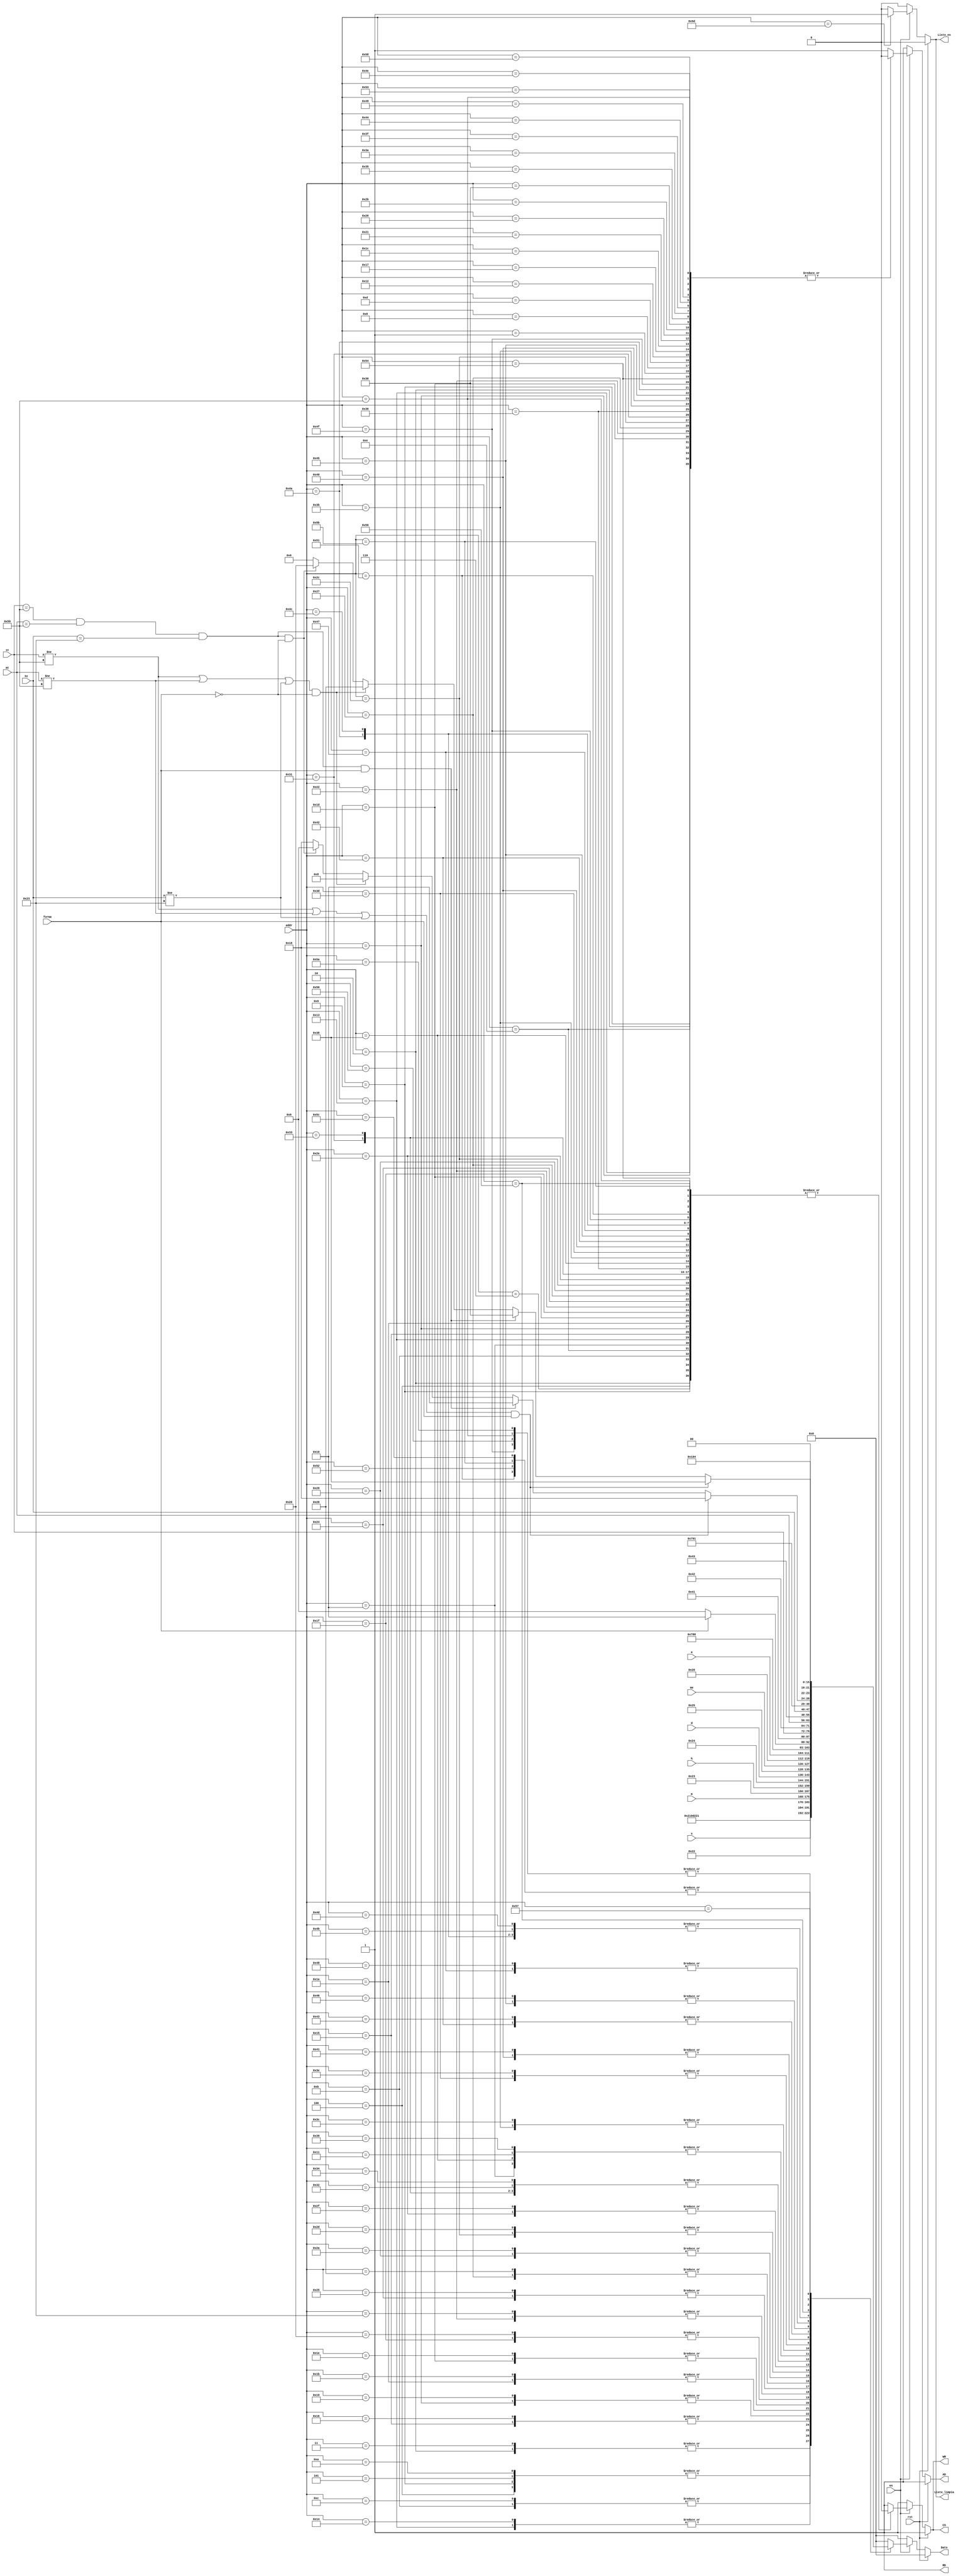
`timescale 1ns / 1ps

module Memoria_Escritura(
	input [6:0] addr,
	input [7:0] st,mt,ht,s,m,h,d,me,a,
	input en,rst,forma,
	output reg AD,CS,RD,WR,Listo_es,Listo_limpia,
	output reg [7:0] Dato);

always @* 
	begin
	if(rst)begin AD=1;CS=1;RD=1;WR=1;Dato=8'b0;Listo_es=0;Listo_limpia=0;end
	else begin
	if(en==1)begin
	AD=1; CS=1; RD=1; WR=1; Dato=0;Listo_es=0;Listo_limpia=0;
	case (addr)
	
	//Inicializacin
	
	7'd1: begin AD=0; Dato=0; end
	7'd2: begin AD=0; CS=0; RD=1; WR=0; Dato=8'h02;end
	7'd3: begin Dato=8'h02; end
	7'd4: begin AD=1; CS=0; RD=1; WR=0; Dato=8'b00010000;end
	7'd5: begin Dato=8'b00010000;end
	7'd6: begin AD=1; CS=0; RD=1; WR=0; Dato=8'b00000000;end
	7'd7: begin Dato=8'b00000000;end
	7'd8: begin AD=0; Dato=0;end
	7'd9: begin AD=0; CS=0; RD=1; WR=0; Dato=8'h10;end
	7'd10: begin Dato=8'h10;end
	7'd11: begin AD=1; CS=0; RD=1; WR=0; Dato=8'hd2;end
	7'd12: begin Dato=8'hd2; end
	
	7'd13: begin AD=0; Dato=8'h0;end
	7'd14: begin AD=0; CS=0; RD=1; WR=0; Dato=8'h00;end 
	7'd15: begin Dato=8'h00;end
	7'd16: begin AD=1; CS=0; RD=1; WR=0; 
					 if(forma==1)begin
								Dato=8'b00010000;end
					 else begin if(forma==0)begin
								Dato=8'b00000000;end
								else begin Dato=8'b00000000;end
					 end
				end
	7'd17: begin
					 if(forma==1)begin
								Dato=8'b00010000;end
					 else begin if(forma==0)begin
								Dato=8'b00000000;end
								else begin Dato=8'b00000000;end
					 end
				end
	
	//Escritura de parmetros de hora y fecha
	
	7'd18: begin AD=0; Dato=8'h0;end
	7'd19: begin AD=0; CS=0; RD=1; WR=0; Dato=8'h21;end
	7'd20: begin Dato=8'h21;end
	7'd21: begin AD=1; CS=0; RD=1; WR=0; Dato=s;end
	7'd22: begin Dato=s;end
	7'd23: begin AD=0; Dato=0;end
	7'd24: begin AD=0; CS=0; RD=1; WR=0; Dato=8'h22;end
	7'd25: begin Dato=8'h22;end
	7'd26: begin AD=1; CS=0; RD=1; WR=0; Dato=m;end
	7'd27: begin Dato=m;end
	7'd28: begin AD=0; Dato=0;end
	7'd29: begin AD=0; CS=0; RD=1; WR=0; Dato=8'h23;end
	7'd30: begin Dato=8'h23;end
	7'd31: begin AD=1; CS=0; RD=1; WR=0; Dato=h;end
	7'd32: begin Dato=h;end
	7'd33: begin AD=0; Dato=0;end
	7'd34: begin AD=0; CS=0; RD=1; WR=0; Dato=8'h24;end
	7'd35: begin Dato=8'h24;end
	7'd36: begin AD=1; CS=0; RD=1; WR=0; Dato=d;end
	7'd37: begin Dato=d;end
	7'd38: begin AD=0; Dato=0;end
	7'd39: begin AD=0; CS=0; RD=1; WR=0; Dato=8'h25;end
	7'd40: begin Dato=8'h25;end
	7'd41: begin AD=1; CS=0; RD=1; WR=0; Dato=me;end
	7'd42: begin Dato=me;end
	7'd43: begin AD=0; Dato=0;end
	7'd44: begin AD=0; CS=0; RD=1; WR=0; Dato=8'h26;end
	7'd45: begin Dato=8'h26;end
	7'd46: begin AD=1; CS=0; RD=1; WR=0; Dato=a;end
	7'd47: begin Dato=a;end
	
	//Guardar parametros de reloj en el area reservada
	
	7'd48: begin AD=0; Dato=0;end
	7'd49: begin AD=0; CS=0; RD=1; WR=0; Dato=8'hf1;end 
	7'd50: begin Dato=8'hf1;end 
	7'd51: begin AD=1; CS=0; RD=1; WR=0; Dato=8'hf1;end 
	7'd52: begin Dato=8'hf1;end 
	
	//Limpia el bit Time Set Lock
	
	7'd53: begin AD=0; Dato=0;end
	7'd54: begin AD=0; CS=0; RD=1; WR=0; Dato=8'h00;end 
	7'd55: begin Dato=8'h00;end 
	7'd56: begin AD=1; CS=0; RD=1; WR=0;
					if(forma==1)begin Dato=8'b00010000;end
					else begin Dato=8'b00000000;end
			 end	
	7'd57: begin 
					if(forma==1)begin Dato=8'b00010000;end
					else begin Dato=8'b00000000;end
			end 
	//Escritura de parametros del timer
	
	7'd58: begin AD=0; Dato=8'h0;end
	7'd59: begin AD=0; CS=0; RD=1; WR=0; Dato=8'h41;end
	7'd60: begin Dato=8'h41;end
	7'd61: begin AD=1; CS=0; RD=1; WR=0; Dato=st;end
	7'd62: begin Dato=st;end
	7'd63: begin AD=0; Dato=8'h0;end
	7'd64: begin AD=0; CS=0; RD=1; WR=0; Dato=8'h42;end
	7'd65: begin Dato=8'h42;end
	7'd66: begin AD=1; CS=0; RD=1; WR=0; Dato=mt;end
	7'd67: begin Dato=mt;end
	7'd68: begin AD=0; Dato=8'h0;end
	7'd69: begin AD=0; CS=0; RD=1; WR=0; Dato=8'h43;end
	7'd70: begin Dato=8'h43;end
	7'd71: begin AD=1; CS=0; RD=1; WR=0; Dato=ht;end
	7'd72: begin Dato=ht;end
	
	//Guardar parametros del timer en el area reservada
	
	7'd73: begin AD=0; Dato=0;end
	7'd74: begin AD=0; CS=0; RD=1; WR=0; Dato=8'hf2;end 
	7'd75: begin Dato=8'hf2;end 
	7'd76: begin AD=1; CS=0; RD=1; WR=0; Dato=8'hf2;end 
	7'd77: begin Dato=8'hf2;end 
	
	//Seleccion de formato de hora, limpieza de banderas y puesta en marcha del RTC
	
													//Pone bit 2 de h01 en 1 para activar alarma del timer
	7'd78: begin AD=0; Dato=0;end			
	7'd79: begin AD=0; CS=0; RD=1; WR=0; Dato=8'h01;end 
	7'd80: begin Dato=8'h01;end 
	7'd81: begin AD=1; CS=0; RD=1; WR=0; Dato=8'b00000100;end 
	7'd82: begin Dato=8'b00000100;end 
													//Cambios en la direccion h00
	7'd83: begin AD=0; Dato=8'h0;end
	7'd84: begin AD=0; CS=0; RD=1; WR=0; Dato=8'h00;end 
	7'd85: begin Dato=8'h00;end
	7'd86: begin AD=1; CS=0; RD=1; WR=0; 
					 if(((st!=8'h59)|(mt!=8'h59)||(ht!=8'h23))&&(forma==1))begin
								Dato=8'b00111000;end
					 else begin if(((st==8'h59)&&(mt==8'h59)&&(ht==8'h23))&&(forma==1))begin
								Dato=8'b00110000;end
					 else begin if(((st!=8'h59)||(mt!=8'h59)||(ht!=8'h23))&&(forma==0))begin
								Dato=8'b00101000;end
					 else begin if(((st==8'h59)&&(mt==8'h59)&&(ht==8'h23))&&(forma==0))begin
								Dato=8'b00100000;end
								else begin Dato=8'b00111000;end
					 end
					 end
					 end
				end
	7'd87: begin 
					if(((st!=8'h59)|(mt!=8'h59)||(ht!=8'h23))&&(forma==1))begin
								Dato=8'b00111000;end
					 else begin if(((st==8'h59)&&(mt==8'h59)&&(ht==8'h23))&&(forma==1))begin
								Dato=8'b00110000;end
					 else begin if(((st!=8'h59)||(mt!=8'h59)||(ht!=8'h23))&&(forma==0))begin
								Dato=8'b00101000;end
					 else begin if(((st==8'h59)&&(mt==8'h59)&&(ht==8'h23))&&(forma==0))begin
								Dato=8'b00100000;end
					 end
					 end
					 end
				end
												//Limpieza de bandera
	7'd88: begin AD=0; Dato=0;end			
	7'd89: begin AD=0; CS=0; RD=1; WR=0; Dato=8'h01;end 
	7'd90: begin Dato=8'h01;end 
	7'd91: begin AD=1; CS=0; RD=1; WR=0; Dato=8'b00000100;end 
	7'd92: begin Dato=8'b00000100;end
	7'd93: begin Listo_es=1;Listo_limpia=1;end
	endcase
	end
	else begin AD=1;CS=1;RD=1;WR=1;Dato=8'b0;Listo_es=0;Listo_limpia=0; end
	end
	end
endmodule